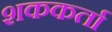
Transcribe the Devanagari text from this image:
शककर्ता